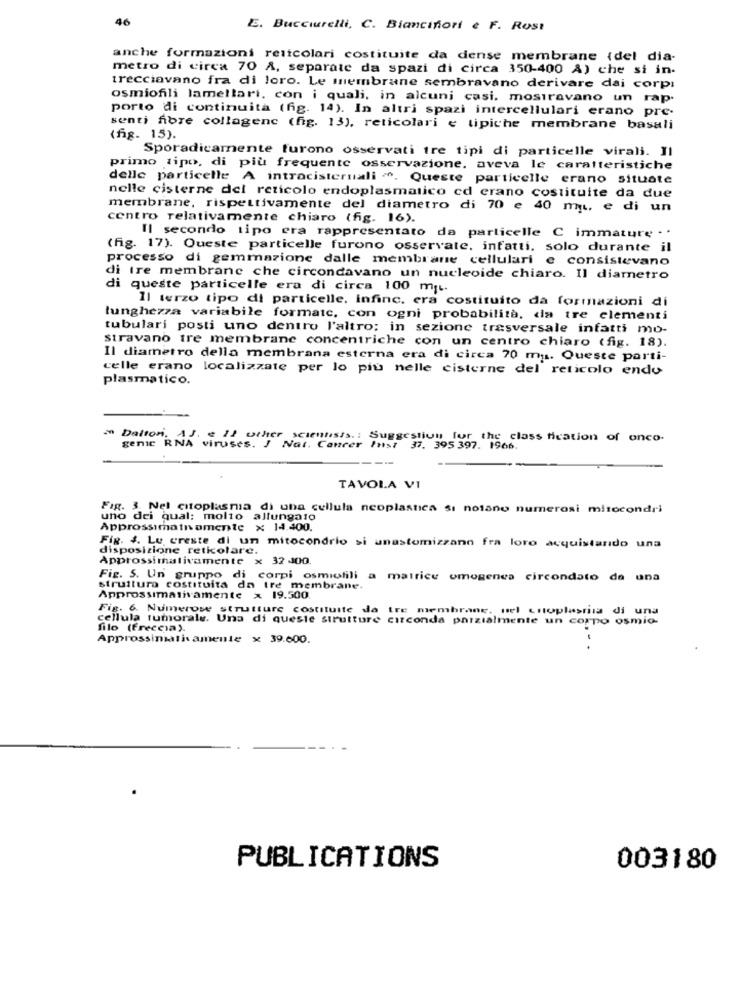
46
E. Bucciarelli, C. Biancinort e F. Rost
anche formazioni reitcolari costituite da dense membrane (del dia-
metro di circa 70 A, separate da spazi di circa 350-400 A) che si in-
trecciavano fra di loro. Le membrane sembravano derivare dai corpi
osmiofili lamellari, con i quali, in alcuni casi. mostravano un rap.
porto di continuità (fig. 14). In altri spazi intercellulari erano pre-
senti fibre collagenc (fig. 13), reticolari e tipiche membrane basali
(fig. 15).
Sporadicamente furono osservati tre tipi di particelle virali. Il
primo tipo, di più frequente osservazione. aveva le caratteristiche
delle particelle A intracisternali -º. Queste particelle erano situate
nelle cisterne del reticolo endoplasmatico cd erano costituite da due
membrane, rispettivamente del diametro di 70 e 40 mg, e di un
centro relativamente chiaro (fig. 16).
Il secondo tipo era rappresentato da particelle C immature . .
(fig. 17). Queste particelle furono osservate, infatti, solo durante il
processo di gemmazione dalle membrane cellulari e consistevano
di tre membrane che circondavano un nucleoide chiaro. Il diametro
di queste particelle era di circa 100 mq ..
Il terzo tipo di particelle, infine. era costituito da formazioni di
lunghezza variabile formatc, con ogni probabilità, da tre elementi
tubulari posti uno dentro l'altro; in sezione trasversale infatti mo-
stravano tre membrane concentriche con un centro chiaro (fig. 18).
Il diametro della membrana esterna era di circa 70 mu. Queste parti-
celle erano localizzate per lo più nelle cisterne del reticolo endo
plasmatico.
- Dalton. AJ. e il other scientists .: Suggestion for the class fication of onco-
genic RNA viruses. / Nat. Cancer Inst 37. 395 397. 1966.
TAVOLA VI
Fig. 3. Nel citoplasma di una cellula neoplastica si notano numerosi mitocondri
uno dei qual: molto allungato
Approssimatromente x 14.400.
Fig. 4. Le creste di un mitocondrio si unastomizzano fra loro acquistando una
disposizione reticolare.
Approssimativamente x 32 J00.
Fig. 5. Un gruppo di corpi osmiofili a matrice omogenea circondato da una
struttura costituita da tre membrane.
Approssimativamente x 19.500.
Fig. 6. Numerose strutture costituite da tre membrane, nel croplastia di una
cellula tumorales. Una di queste strutture circonda parzialmente un corpo osmio-
filo (freccia).
Approssimativamente x 39.600.
PUBLICATIONS
003180